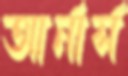
আর্নার্স